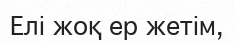
Елі жоқ ер жетім,